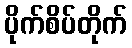
ပိုက်စိပ်တိုက်